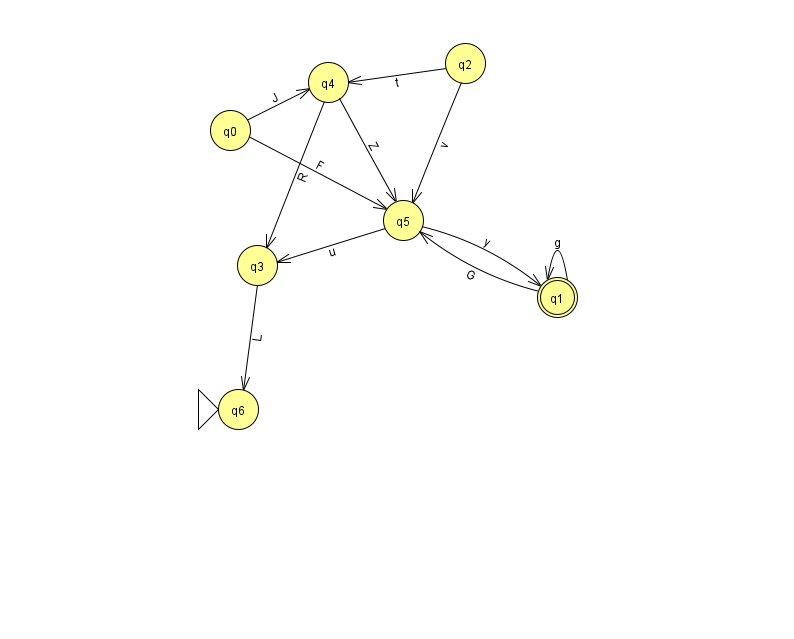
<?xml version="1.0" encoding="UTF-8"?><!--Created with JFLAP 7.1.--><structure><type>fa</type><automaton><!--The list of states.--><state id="0" name="q0"><x>230.0</x><y>117.0</y></state><state id="1" name="q1"><x>557.0</x><y>284.0</y><final/></state><state id="2" name="q2"><x>465.0</x><y>50.0</y></state><state id="3" name="q3"><x>257.0</x><y>252.0</y></state><state id="4" name="q4"><x>328.0</x><y>69.0</y></state><state id="5" name="q5"><x>403.0</x><y>207.0</y></state><state id="6" name="q6"><x>238.0</x><y>396.0</y><initial/></state><!--The list of transitions.--><transition><from>0</from><to>4</to><read>J</read></transition><transition><from>4</from><to>5</to><read>Z</read></transition><transition><from>3</from><to>6</to><read>L</read></transition><transition><from>2</from><to>5</to><read>v</read></transition><transition><from>5</from><to>1</to><read>y</read></transition><transition><from>0</from><to>5</to><read>F</read></transition><transition><from>5</from><to>3</to><read>u</read></transition><transition><from>1</from><to>1</to><read>g</read></transition><transition><from>1</from><to>5</to><read>G</read></transition><transition><from>4</from><to>3</to><read>R</read></transition><transition><from>2</from><to>4</to><read>t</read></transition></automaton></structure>